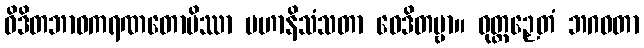
ဝိဒိတဘာဝကရဏတောပိဿာ မဟာနိသံသတာ ဝေဒိတဗ္ဗာ။ ဝုတ္တဉှေတံ ဘဂဝတာ